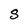
Character: S